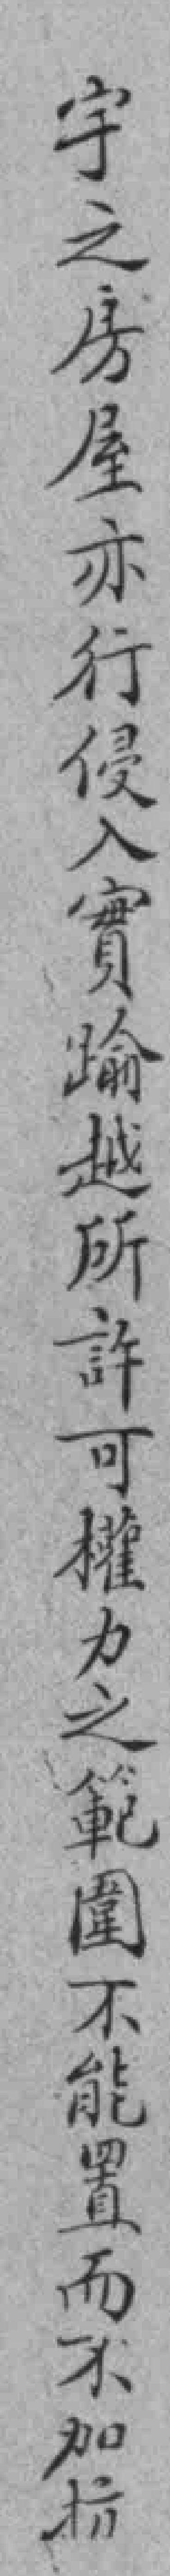
字之房屋亦行侵入實踰越所許可權力之範圍不能置而不加抗